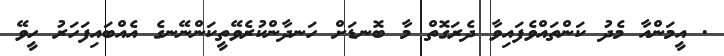
. އީމަންއާ މެދު ކަންތައްވެފައިވާ ދެރަގޮތް މާ ބޮނޑަށް ހަނދާންކުރެވޭތީކަންނޭނގެ އެއްބައިފަހަރު ހީވޭ